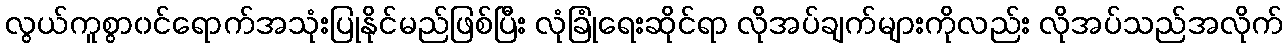
လွယ်ကူစွာ၀င်ရောက်အသုံးပြုနိုင်မည်ဖြစ်ပြီး လုံခြုံရေးဆိုင်ရာ လိုအပ်ချက်များကိုလည်း လိုအပ်သည်အလိုက်